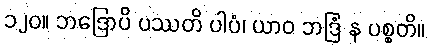
၁၂၀။ ဘဒြောပိ ပဿတိ ပါပံ၊ ယာဝ ဘဒြံ န ပစ္စတိ။